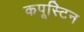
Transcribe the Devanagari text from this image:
कपूस्टिन